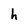
Character: h